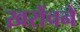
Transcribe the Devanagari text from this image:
ख़रोंचने